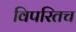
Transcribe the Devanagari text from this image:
विपरितच